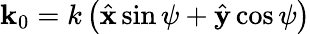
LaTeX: \mathbf{k}_{0}=k\left(\hat{\mathbf{x}}\sin\psi+\hat{\mathbf{y}}\cos\psi\right)